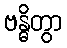
ဗန္ဓိတွာ